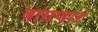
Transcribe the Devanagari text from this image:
वागणार